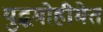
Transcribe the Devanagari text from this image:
युद्धमोहीमेत